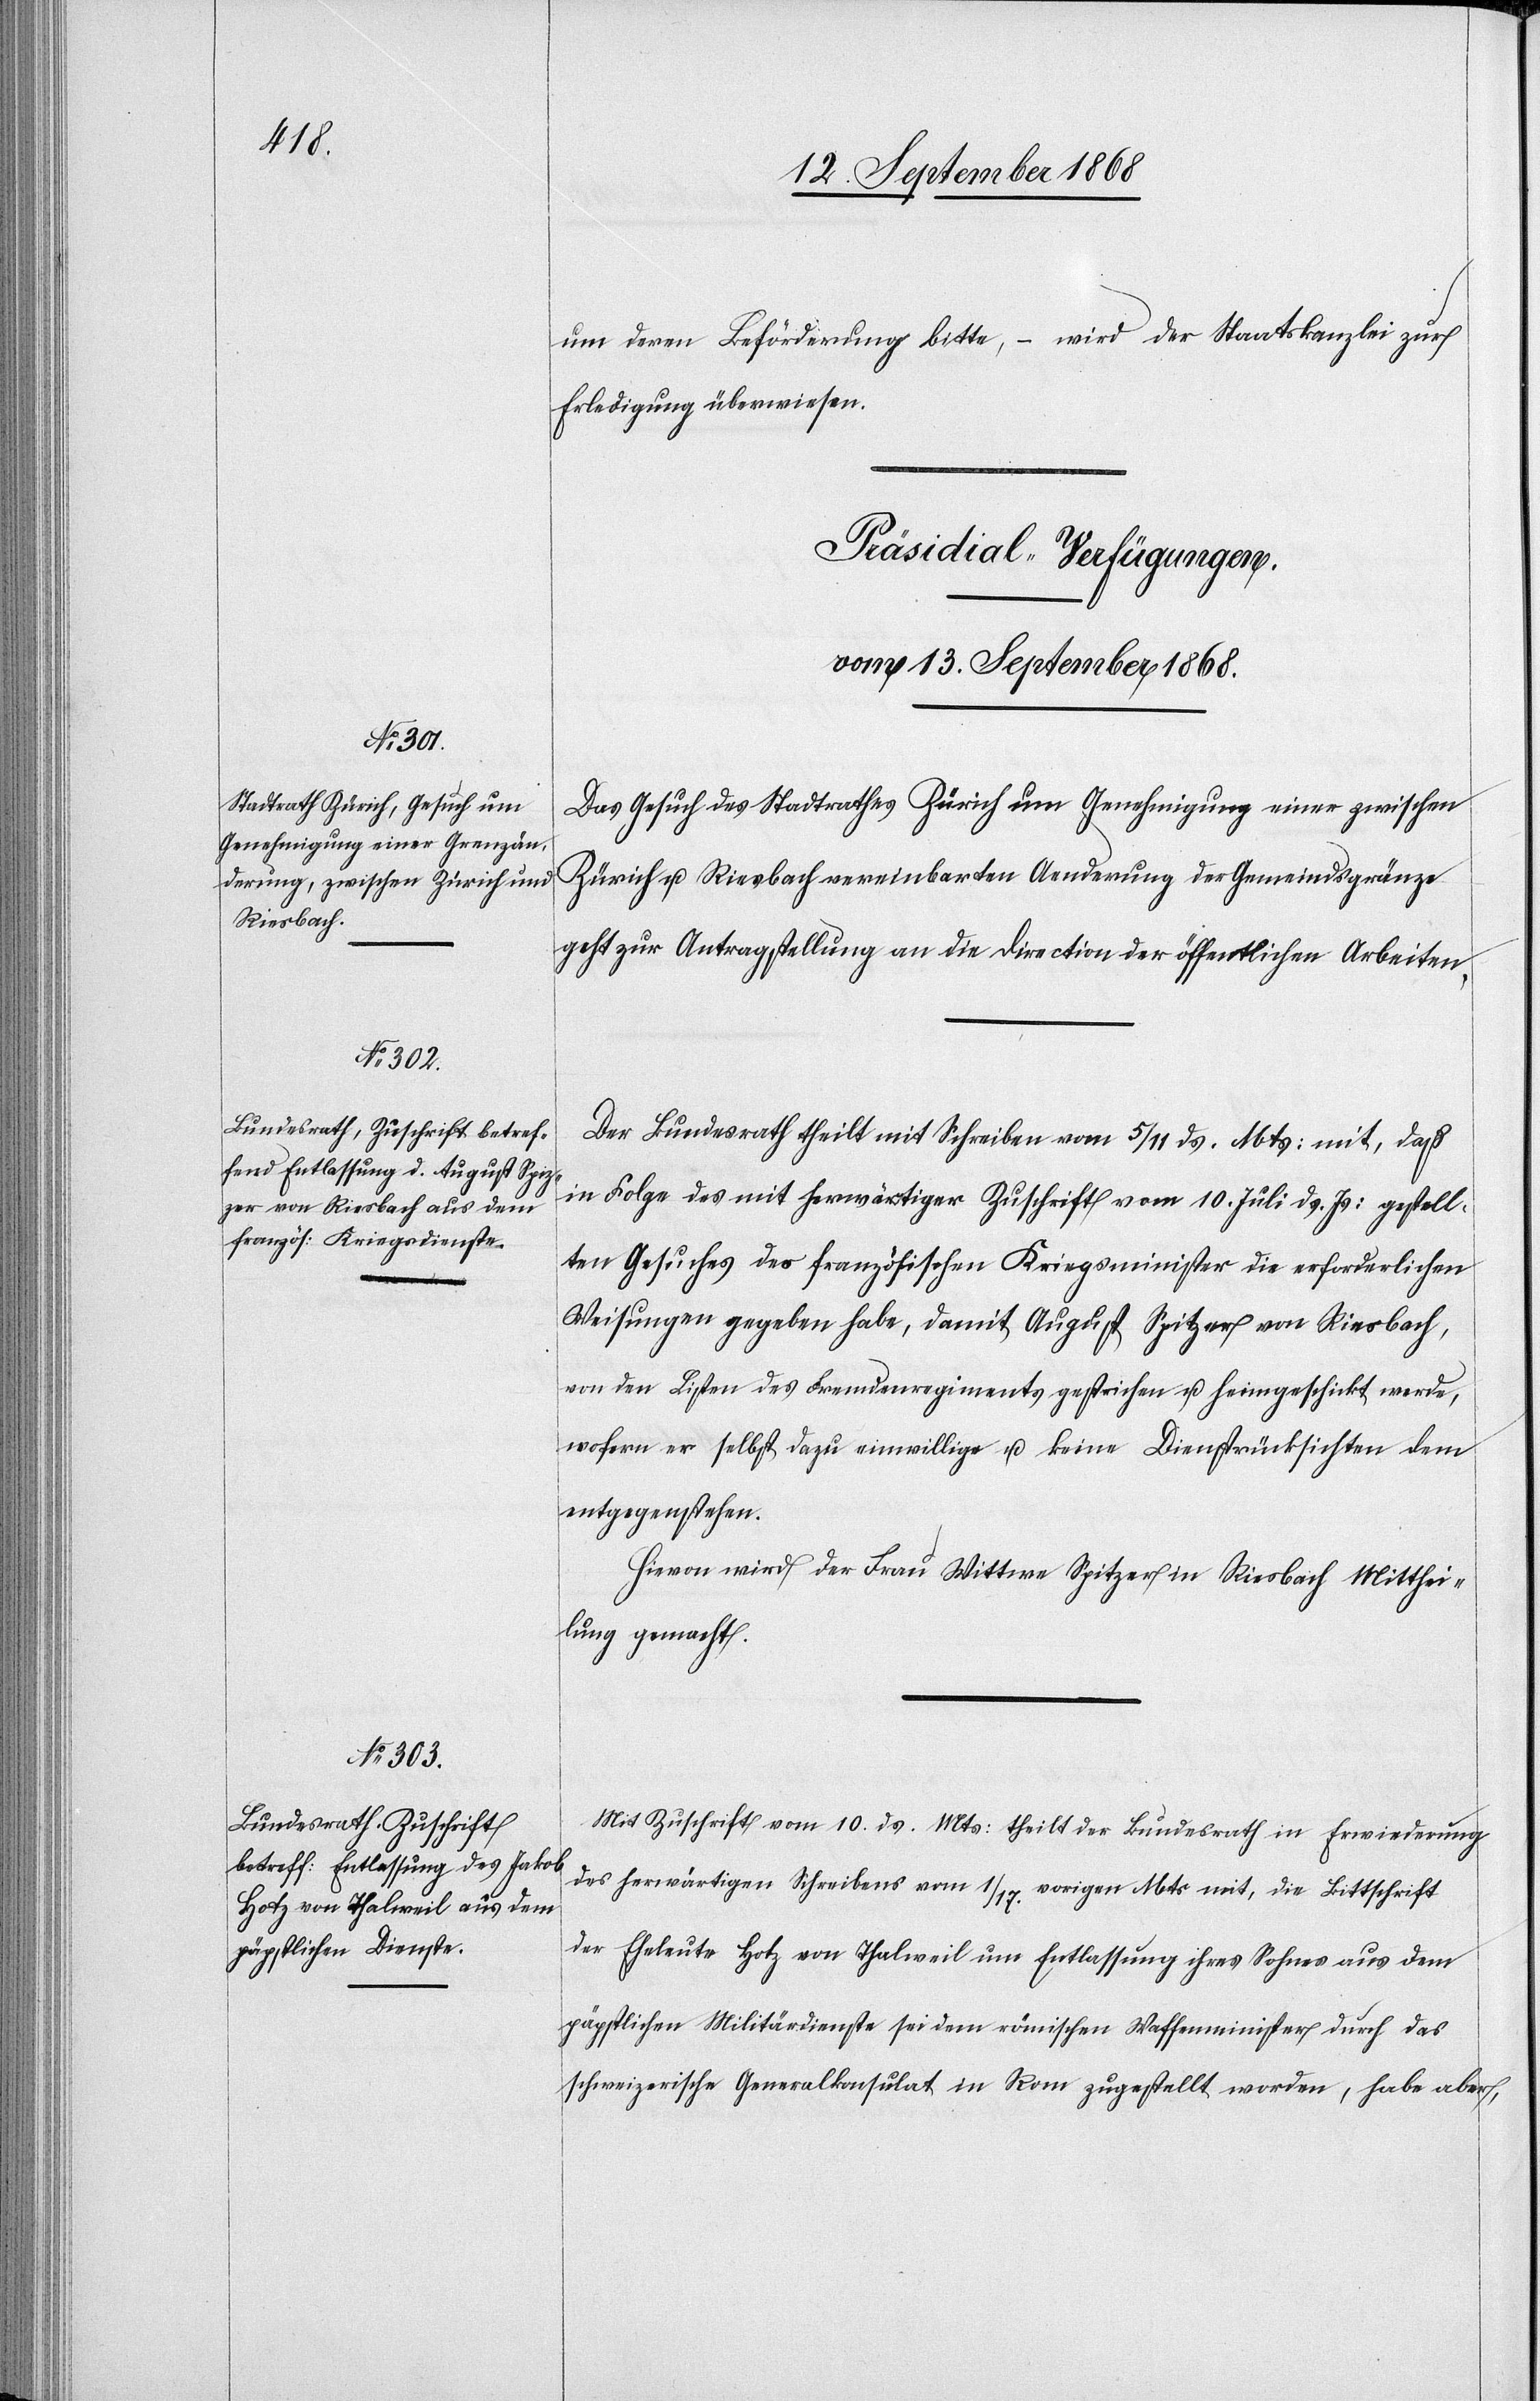
um deren Beförderung bitte, – wird der Staatskanzlei zur
Erledigung überwiesen.
[Präsidial-Verfügungen.
vom 13. September 1868.]
Das Gesuch des Stadtrathes Zürich um Genehmigung einer zwischen
Zürich u. Riesbach vereinbarten Aenderung der Gemeindsgränze
geht zur Antragstellung an die Direction der öffentlichen Arbeiten.
Der Bundesrath theilt mit Schreiben vom 5/11 ds. Mts: mit, daß
in Folge des mit herwärtiger Zuschrift vom 10. Juli ds. Js: gestell¬
ten Gesuches der französischen [sic!] Kriegsminister die erforderlichen
Weisungen gegeben habe, damit August Spitzer von Riesbach,
von den Listen des Fremdenregiments gestrichen u. heimgeschickt werde,
wofern er selbst dazu einwillige u. keine Dienstrücksichten dem
entgegenstehen.
Hievon wird der Frau Wittwe Spitzer in Riesbach Mitthei¬
lung gemacht.
Mit Zuschrift vom 10. ds. Mts: theilt der Bundesrath in Erwiederung
des herwärtigen Schreibens vom 1/17. vorigen Mts mit, die Bittschrift
der Eheleute Hotz von Thalweil um Entlassung ihres Sohnes aus dem
päpstlichen Militärdienste sei dem römischen Waffenminister durch das
schweizerische Generalkonsulat in Rom zugestellt worden, habe aber,